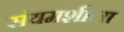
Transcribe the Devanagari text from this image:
संयमशीला